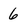
Character: 6